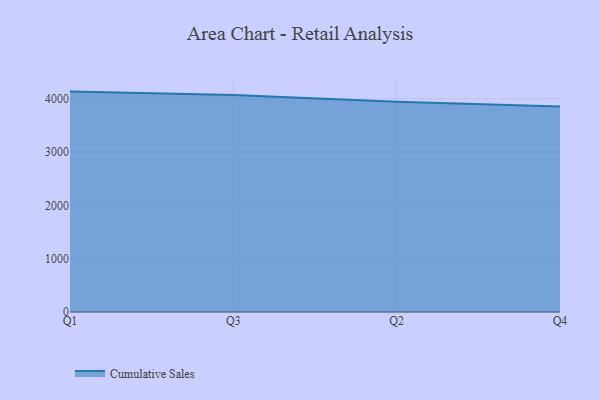
{"axis": {"x": "Quarter", "y": "LTV (USD)"}, "legend": ["Cumulative Sales"], "data": [{"x": "Q1", "y": 4135.3, "type": "Cumulative Sales"}, {"x": "Q3", "y": 4072.0, "type": "Cumulative Sales"}, {"x": "Q2", "y": 3944.1, "type": "Cumulative Sales"}, {"x": "Q4", "y": 3853.8, "type": "Cumulative Sales"}]}